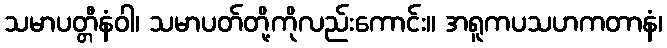
သမာပတ္တီနံဝါ၊ သမာပတ်တို့ကိုလည်းကောင်း။ အရူကပသဟကတာနံ၊